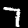
Label: 7